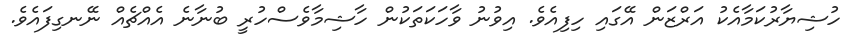
ހުޝިޔާރުކަމާއެކު އަރްޒަން އޭގައި ހިފިއެވެ. އިވުނު ވާހަކަތަކުން ހާޝިމާވެސްހުރީ ބުނާނެ އެއްޗެއް ނޭނގިފައެވެ.